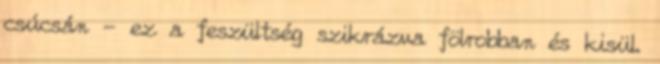
csúcsán - ez a feszültség szikrázva fölrobban és kisül.